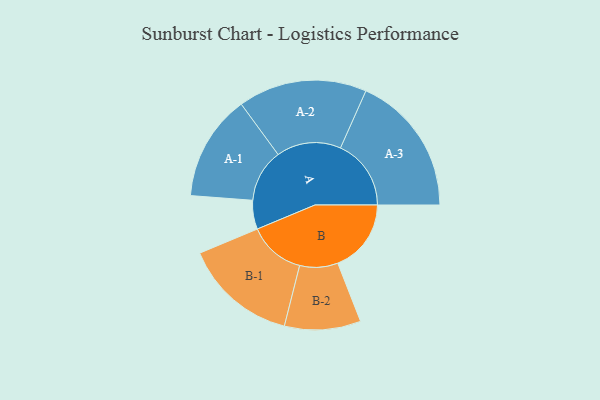
{"axis": {"x": "Segment", "y": "Value"}, "legend": ["", "A", "B"], "data": [{"x": "A", "y": 103, "type": ""}, {"x": "B", "y": 262, "type": ""}, {"x": "A-1", "y": 189, "type": "A"}, {"x": "A-2", "y": 230, "type": "A"}, {"x": "A-3", "y": 252, "type": "A"}, {"x": "B-1", "y": 203, "type": "B"}, {"x": "B-2", "y": 136, "type": "B"}]}